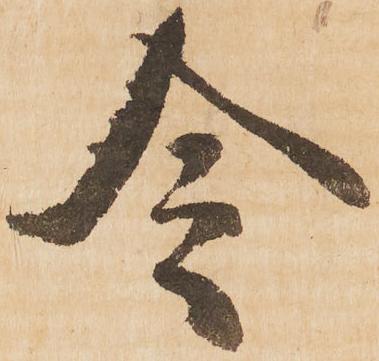
令